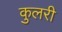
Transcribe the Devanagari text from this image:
कुलरी